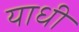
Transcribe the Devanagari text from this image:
याधी